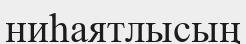
ниһаятлысың